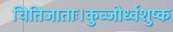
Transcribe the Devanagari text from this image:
चितिजाताः।कुब्जोर्ध्वशुष्क